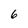
Character: 6